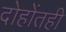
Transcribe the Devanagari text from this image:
दोहोंतही